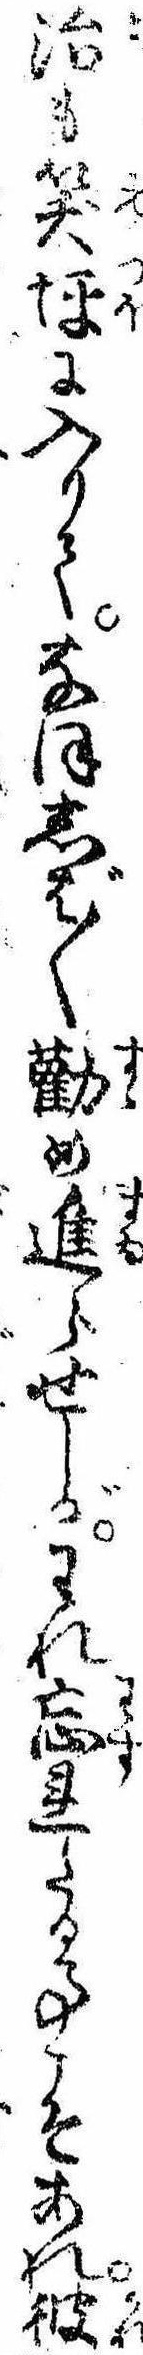
治も笑坪に入りてなほしば〲勧め進らせしがわれ忘れたる事こそあれ彼